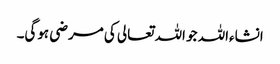
انشاءاللہ جو اللہ تعالی کی مرضی ہوگی۔